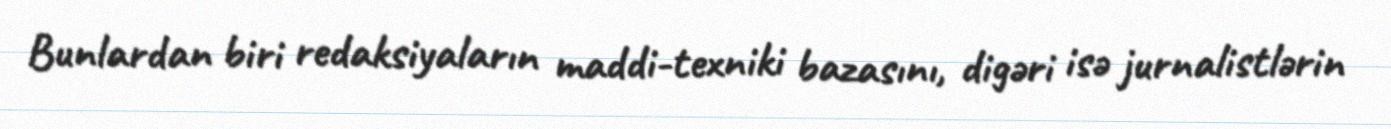
Bunlardan biri redaksiyaların maddi-texniki bazasını, digəri isə jurnalistlərin